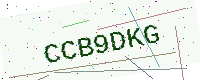
Text: CCB9DKG